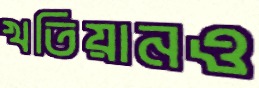
খতিয়ানও